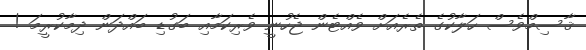
ޤާސިމްވެސް ހަލާކުގެ ތެރެއަށް ވެއްޓެން ޖެހުނީ ވެރިކަމާއި ބަގުޑި ބައްދަން ދިމާކުރީމަ !